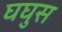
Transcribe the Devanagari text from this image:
घघुस